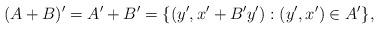
LaTeX: \begin{align*}(A+B)' =A' + B'=\{ (y',x'+B' y'):(y',x')\in A'\},\end{align*}